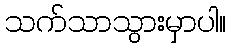
သက်သာသွားမှာပါ။